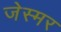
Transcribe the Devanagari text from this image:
जेस्मर